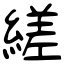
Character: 縒